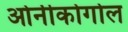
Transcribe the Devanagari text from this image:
ओनीकोगोल